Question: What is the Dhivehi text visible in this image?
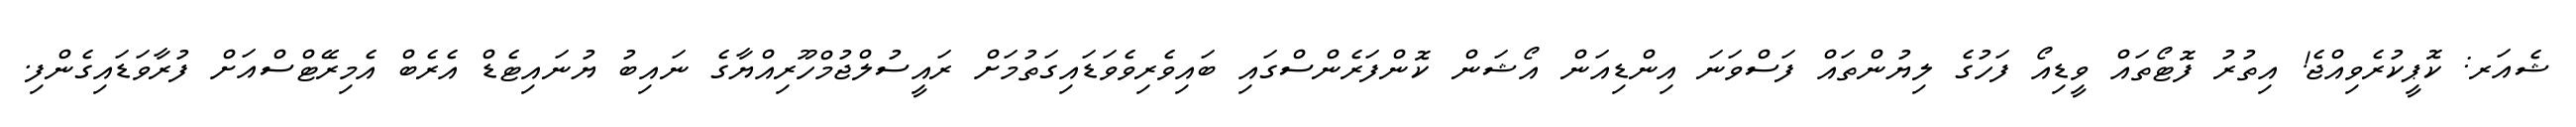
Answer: ޝެއަރ: ކޮޕީކުރެވިއްޖެ! އިތުރު ފޮޓޯތައް ވީޑިއޯ ފަހުގެ ލިޔުންތައް ފަސްވަނަ އިންޑިއަން އޯޝަން ކޮންފަރެންސްގައި ބައިވެރިވެވަޑައިގަތުމަށް ރައީސުލްޖުމްހޫރިއްޔާގެ ނައިބު ޔުނައިޓެޑް އެރެބް އެމިރޭޓްސްއަށް ފުރާވަޑައިގެންފި.